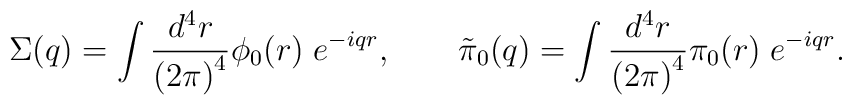
\Sigma(q)=\int \frac{d^4r}{\left(2\pi\right)^4}\phi_0(r)\;e^{-iqr},  \qquad  \tilde\pi_0(q)=\int \frac{d^4r}{\left(2\pi\right)^4}\pi_0(r)\;e^{-iqr}.